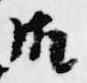
御